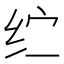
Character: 纻